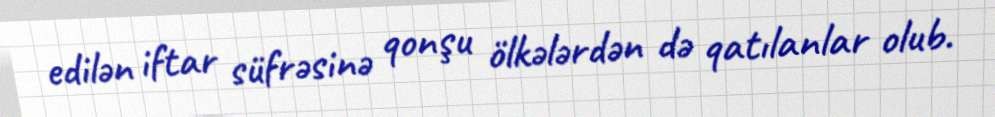
edilən iftar süfrəsinə qonşu ölkələrdən də qatılanlar olub.